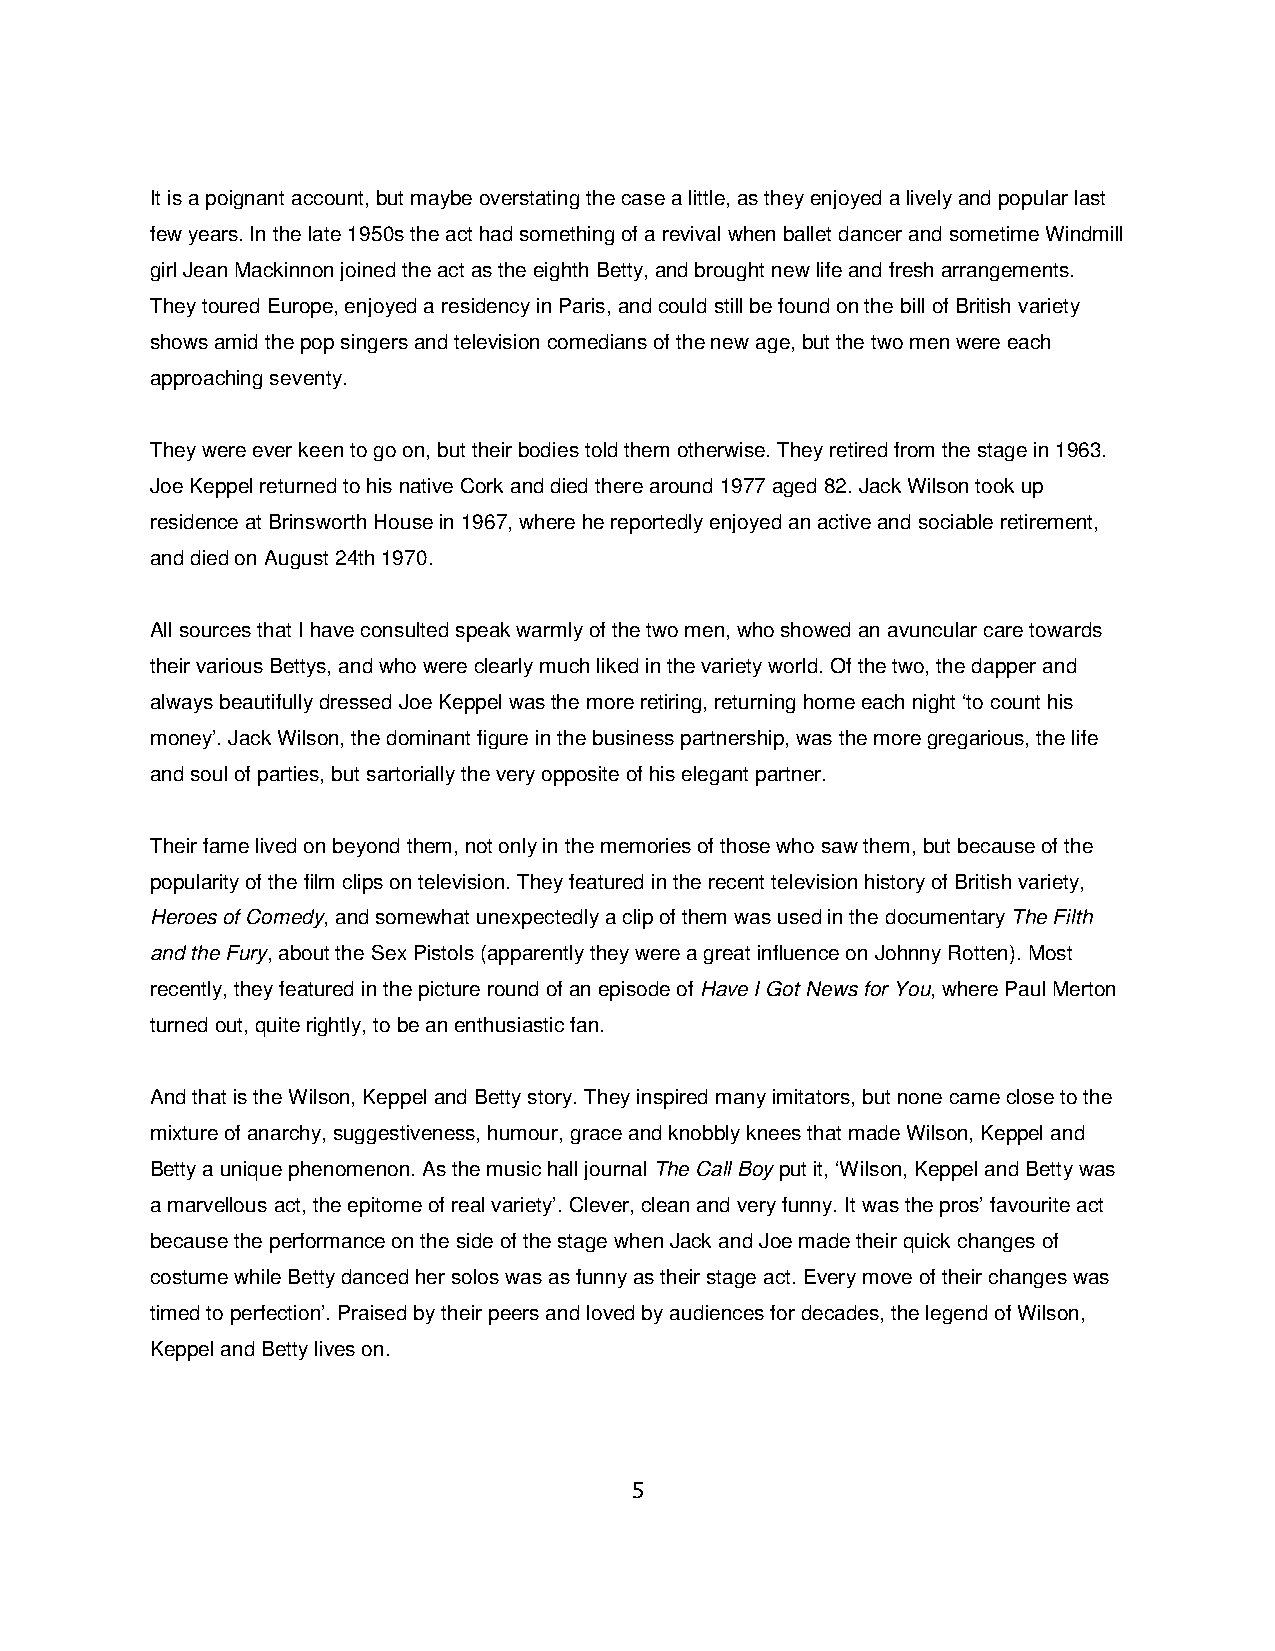
It is a poignant account, but maybe overstating the case a little, as they enjoyed a lively and popular last
 few years. In the late 1950s the act had something of a revival when ballet dancer and sometime Windmill
 girl Jean Mackinnon joined the act as the eighth Betty, and brought new life and fresh arrangements.
 They toured Europe, enjoyed a residency in Paris, and could still be found on the bill of British variety
 shows amid the pop singers and television comedians of the new age, but the two men were each
 approaching seventy.
 They were ever keen to go on, but their bodies told them otherwise. They retired from the stage in 1963.
 Joe Keppel returned to his native Cork and died there around 1977 aged 82. Jack Wilson took up
 residence at Brinsworth House in 1967, where he reportedly enjoyed an active and sociable retirement,
 and died on August 24th 1970.
 All sources that I have consulted speak warmly of the two men, who showed an avuncular care towards
 their various Bettys, and who were clearly much liked in the variety world. Of the two, the dapper and
 always beautifully dressed Joe Keppel was the more retiring, returning home each night ‘to count his
 money’. Jack Wilson, the dominant figure in the business partnership, was the more gregarious, the life
 and soul of parties, but sartorially the very opposite of his elegant partner.
 Their fame lived on beyond them, not only in the memories of those who saw them, but because of the
 popularity of the film clips on television. They featured in the recent television history of British variety,
 Heroes of Comedy, and somewhat unexpectedly a clip of them was used in the documentary The Filth
 and the Fury, about the Sex Pistols (apparently they were a great influence on Johnny Rotten). Most
 recently, they featured in the picture round of an episode of Have I Got News for You, where Paul Merton
 turned out, quite rightly, to be an enthusiastic fan.
 And that is the Wilson, Keppel and Betty story. They inspired many imitators, but none came close to the
 mixture of anarchy, suggestiveness, humour, grace and knobbly knees that made Wilson, Keppel and
 Betty a unique phenomenon. As the music hall journal The Call Boy put it, ‘Wilson, Keppel and Betty was
 a marvellous act, the epitome of real variety’. Clever, clean and very funny. It was the pros’ favourite act
 because the performance on the side of the stage when Jack and Joe made their quick changes of
 costume while Betty danced her solos was as funny as their stage act. Every move of their changes was
 timed to perfection’. Praised by their peers and loved by audiences for decades, the legend of Wilson,
 Keppel and Betty lives on.
 5